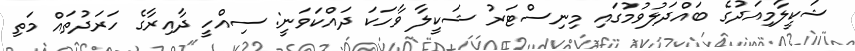
ޝަކީލާމިއަދުގެ ބައްދަލުވުމުގައި މިނިސްޓަރު ޝަކީލާ ވާހަކަ ދައްކަވަނީ: ސިއްހީ ދާއިރާގެ ހަރަދުތައް މަތި